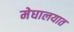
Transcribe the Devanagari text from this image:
मेघालयात